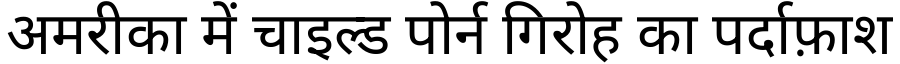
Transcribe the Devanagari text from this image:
अमरीका में चाइल्ड पोर्न गिरोह का पर्दाफ़ाश